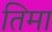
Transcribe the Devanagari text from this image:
तिमा